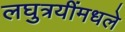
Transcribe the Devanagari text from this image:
लघुत्रयींमधले